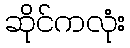
ဆိုင်ကလုံး